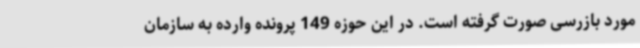
مورد بازرسی صورت گرفته است. در این حوزه 149 پرونده وارده به سازمان